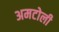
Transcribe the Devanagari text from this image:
अमटोली